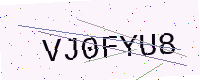
Text: VJ0FYU8